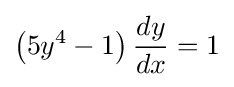
\left(5y^{4}-1\right){\frac {dy}{dx}}=1